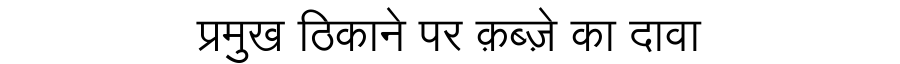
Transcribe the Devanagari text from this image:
प्रमुख ठिकाने पर क़ब्ज़े का दावा